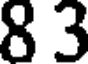
8 3